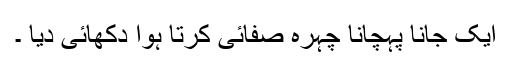
ایک جانا پہچانا چہرہ صفائی کرتا ہوا دکھائی دیا ۔